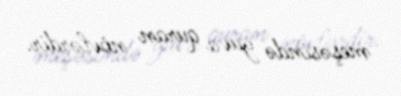
meşəsində yuva quran növlərdir.